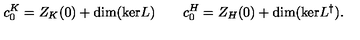
c _ { 0 } ^ { K } = Z _ { K } ( 0 ) + \mathrm { d i m } ( \mathrm { k e r } L ) \qquad c _ { 0 } ^ { H } = Z _ { H } ( 0 ) + \mathrm { d i m } ( \mathrm { k e r } L ^ { \dag } ) .